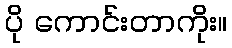
ပို ကောင်းတာကိုး။